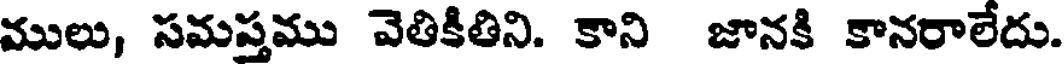
ములు, సమప్తము వెతికితిని. కాని జానకి కానరాలేదు.